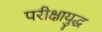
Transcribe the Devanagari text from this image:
परीक्षायुद्ध